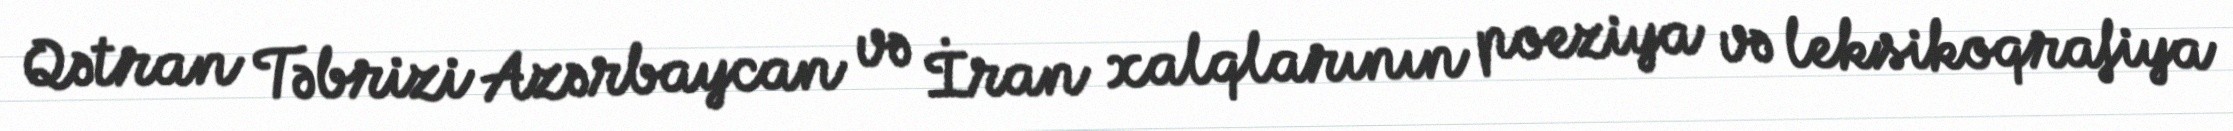
Qətran Təbrizi Azərbaycan və İran xalqlarının poeziya və leksikoqrafiya